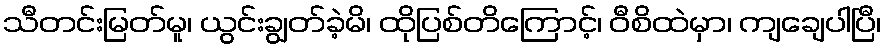
သီတင်းမြတ်မူ၊ ယွင်းချွတ်ခဲ့မိ၊ ထိုပြစ်တိကြောင့်၊ ဝီစိထဲမှာ၊ ကျချေပါပြီ၊